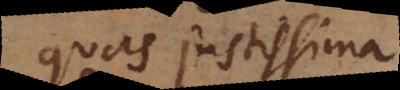
quas justissima